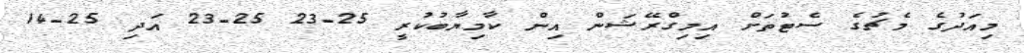
މިއަދުގެ މެޗުގެ ސެޓުތަށް އިމިގްރޭޝަން އިން ކާމިޔާބުކުރީ 25-23 25-23 އަދި 25-14